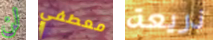
لن معطفي ذريعة